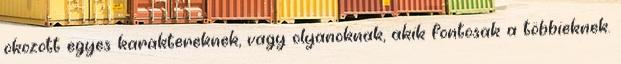
okozott egyes karaktereknek, vagy olyanoknak, akik fontosak a többieknek.